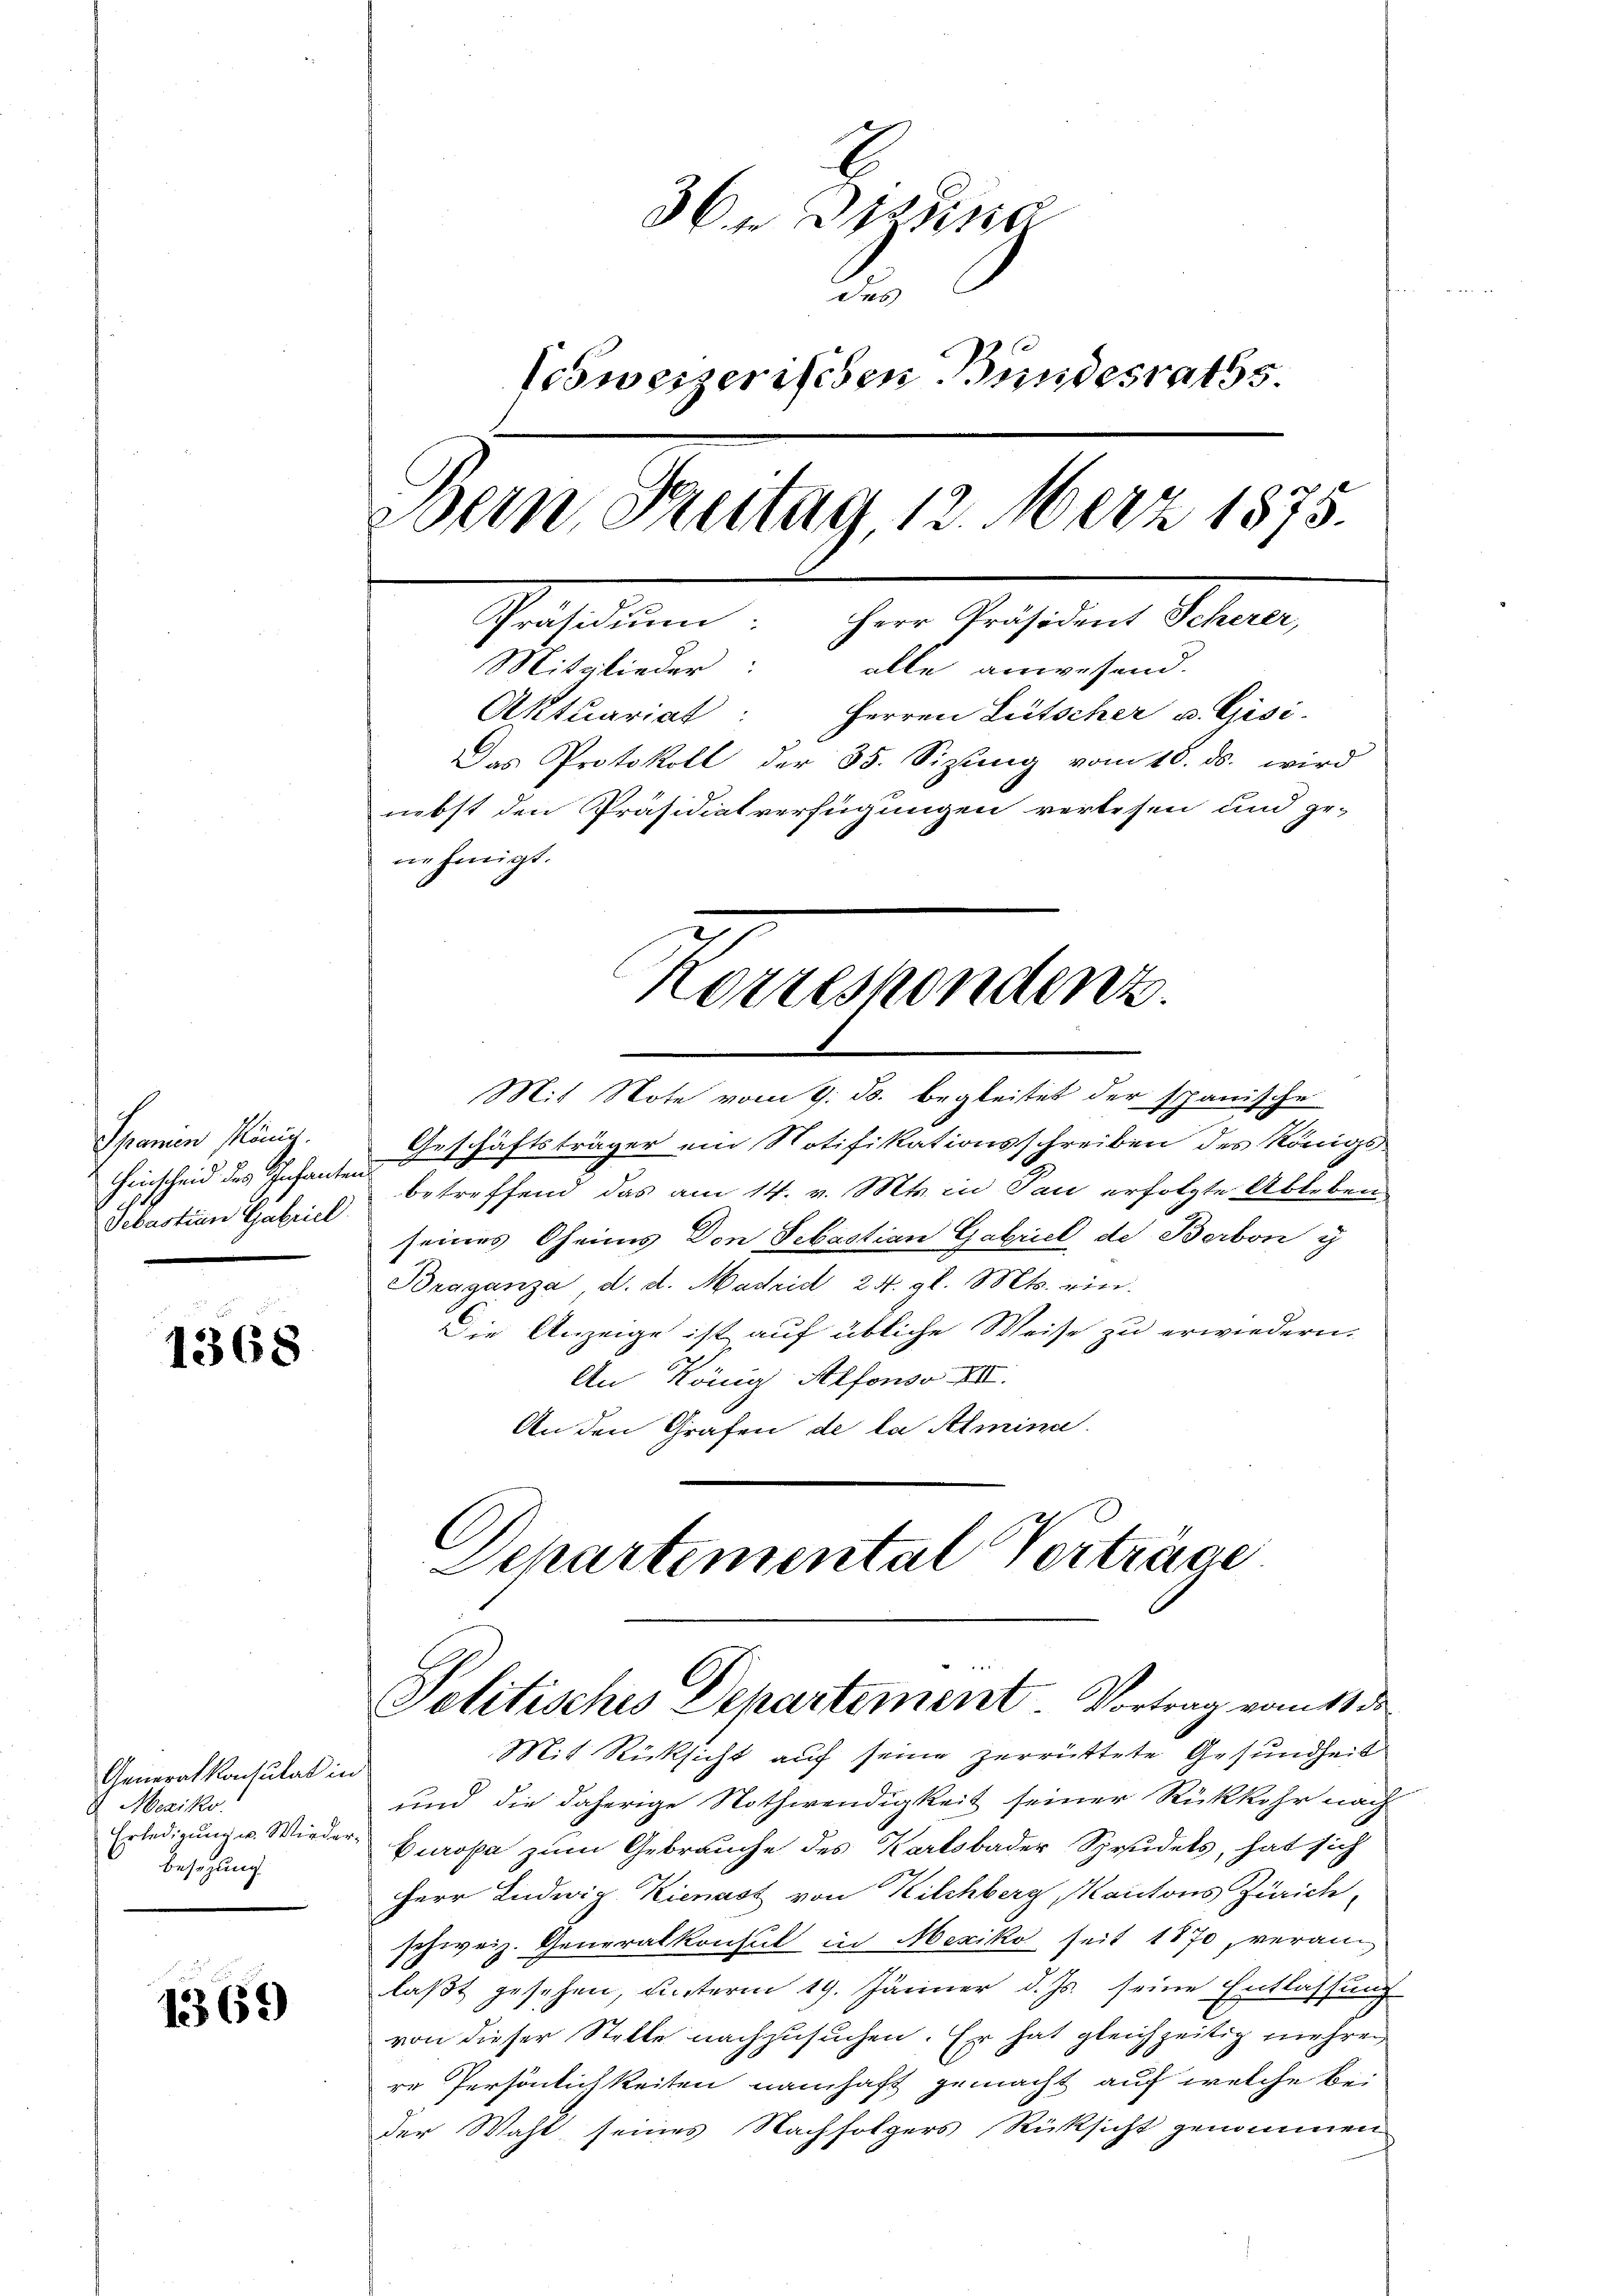
Spanien König.
Hinscheid des Infanten
Sebastian Gabriel

1368

Generalkonsulat in
Mexiko
Besetzung

1369

3e dring
.
Vowerzerischen Bundesraths.
Bern, Santag, 12. März 1875.
Präsidium: Herr Präsident Scherer,
Mitglieder:
alle anwesend.
Aktuariat: Herren Lütscher u. Gisi-
Das Protokoll der 85. Sizung vom 18. ds. wird
nebst den Präsidialverfügungen verlesen und ge-
nehmigt.

Korrespondenz.

Mit Note vom 9. Js. begleitet der spanische
Geschäftsträger ein Notifikationsschreiben des Königs
betreffend das am 14. v. Mts. in Pau erfolgte Ableben
seines Oheims Don Sebastian Gabriel de Berton i
Braganza d. d. Madrid 24. gl. Mts. ein.
Die Anzeige ist auf übliche Weise zu erwiedern.
An König Alfonso XII.
An den Grafen de la Almina
Departemental Verträge

Politisches Departement. Vortrag vom 11 de

Mit Rücksicht auf seine zerrüttete Gesundheit
und die daherige Nothwendigkeit seiner Rückkehr nach
Erledigung u. Wieder Europa zum Gebrauche des Karlsbader Sprudels, hat sich
Herr Ludwig Kienast von Kilchberg, Mantons Zürich,
schweiz. Generalkonsul in Mexiko seit 1870, veranlaßt gesehen, unterm 19. Jänner d. Js. seine Entlassung
von dieser Stelle nachzusuchen. Er hat gleichzeitig mehren
re Persönlichkeiten namhaft gemacht auf welche bei
der Wahl seines Nachfolgers Rüksicht genommen